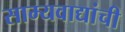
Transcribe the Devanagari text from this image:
साम्यवाद्यांची